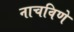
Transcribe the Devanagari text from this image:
नाचविणे